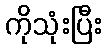
ကိုသုံးပြီး